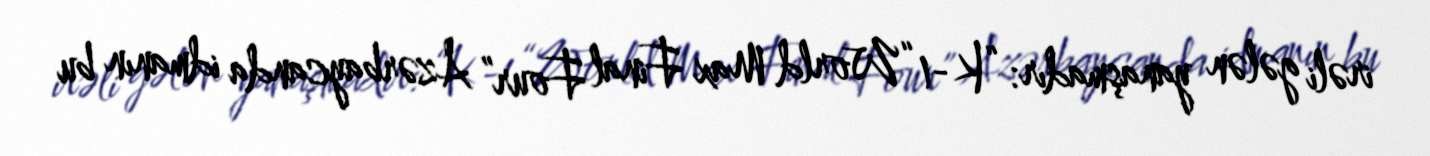
irəli gələn yanaşmadır: “K-1 “World Max Final Four” Azərbaycanda idmanın bu